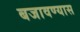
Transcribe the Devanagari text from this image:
बजावण्यास